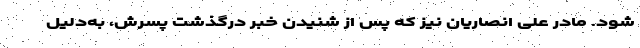
شود. مادر علی انصاریان نیز که پس از شنیدن خبر درگذشت پسرش، به‌دلیل